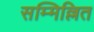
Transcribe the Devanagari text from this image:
सम्मिल्लित